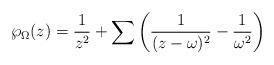
LaTeX: \begin{align*}\wp_{\Omega} (z) =\frac{1}{z^2} +\sum \left(\frac{1}{(z-\omega)^2}-\frac{1}{\omega^2}\right)\end{align*}